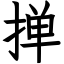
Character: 掸